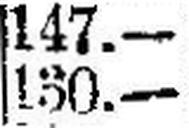
130.—